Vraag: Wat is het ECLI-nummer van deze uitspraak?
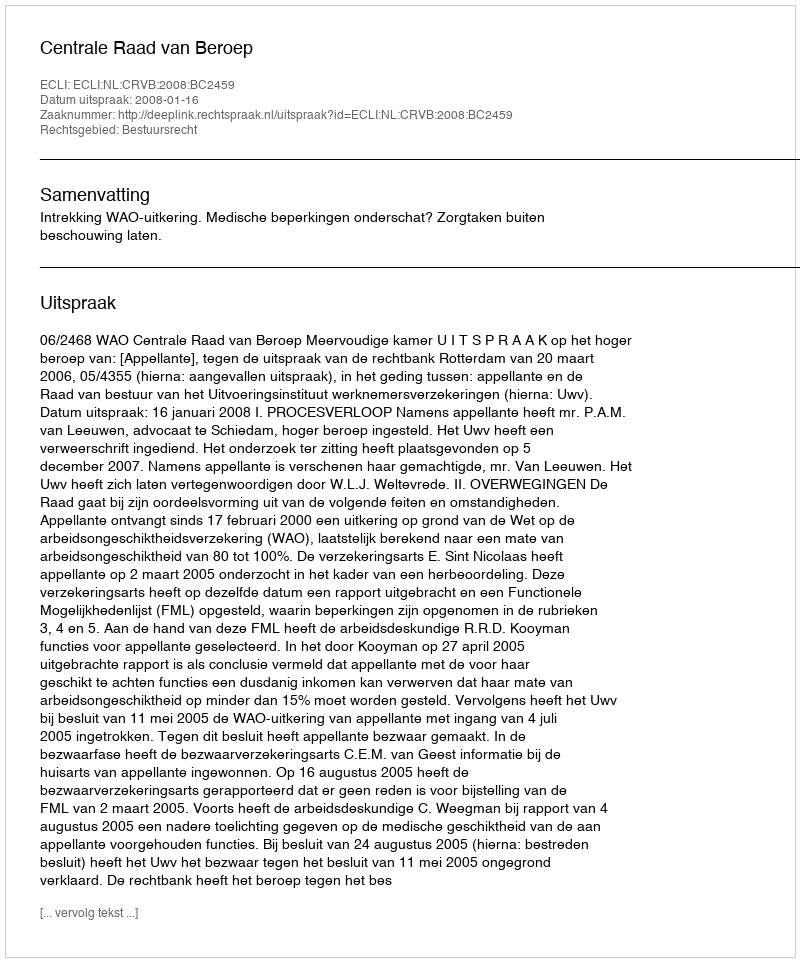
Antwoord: ECLI:NL:CRVB:2008:BC2459